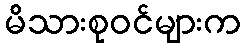
မိသားစုဝင်များက